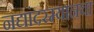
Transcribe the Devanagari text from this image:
नद्यांदरम्यानचा